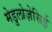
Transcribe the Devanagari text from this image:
मेडुलोज़ेसिई